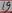
Text: 23